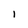
Character: i